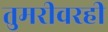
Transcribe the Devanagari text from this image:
तुमरीवरही